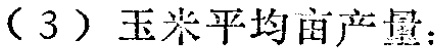
（3）玉米平均亩产量：